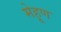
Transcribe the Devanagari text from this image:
मेहूण